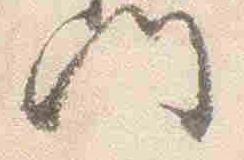
門